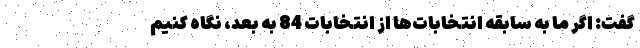
گفت: اگر ما به سابقه انتخابات‌ها از انتخابات 84 به بعد، نگاه کنیم